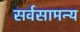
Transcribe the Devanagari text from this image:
सर्वसामन्य